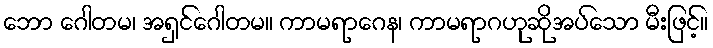
ဘော ဂေါတမ၊ အရှင်ဂေါတမ။ ကာမရာဂေန၊ ကာမရာဂဟုဆိုအပ်သော မီးဖြင့်။